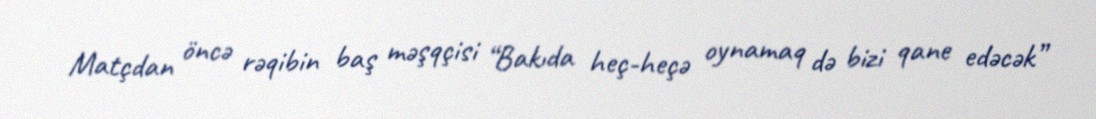
Matçdan öncə rəqibin baş məşqçisi “Bakıda heç-heçə oynamaq də bizi qane edəcək”